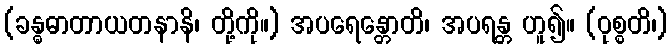
(ခန္ဓဓာတာယတနာနိ၊ တို့ကို။) အပရေန္တောတိ၊ အပရန္တ ဟူ၍။ (ဝုစ္စတိ၊)